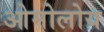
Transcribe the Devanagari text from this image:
ओमोलोय